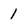
Character: 1